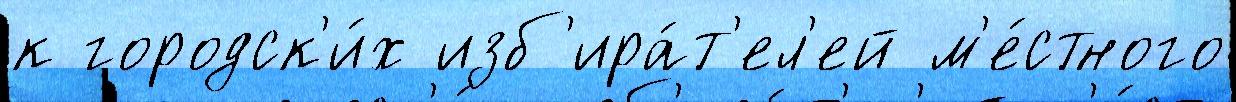
к городск'и́х изб'ира́т'ел'ей м'е́стного